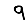
Digit: 9